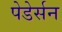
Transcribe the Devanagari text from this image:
पेडेर्सन